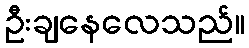
ဦးချနေလေသည်။